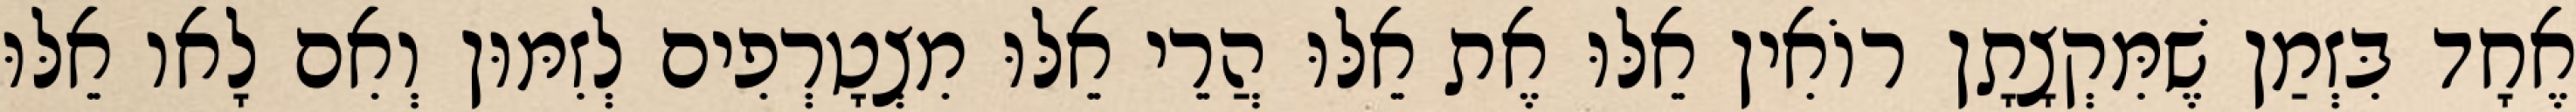
אֶחָד בִּזְמַן שֶׁמִּקְצָתָן רוֹאִין אֵלּוּ אֶת אֵלּוּ הֲרֵי אֵלּוּ מִצְטָרְפִים לְזִמּוּן וְאִם לָאו אֵלּוּ